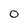
Character: O